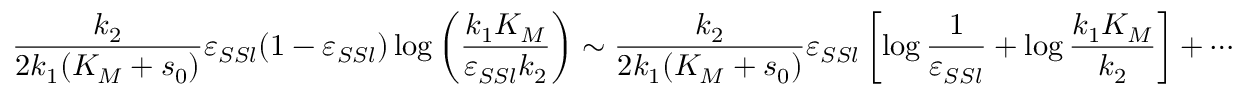
\frac { k _ { 2 } } { 2 k _ { 1 } ( K _ { M } + s _ { 0 } ) } \varepsilon _ { S S l } ( 1 - \varepsilon _ { S S l } ) \log \left( \frac { k _ { 1 } K _ { M } } { \varepsilon _ { S S l } k _ { 2 } } \right) \sim \frac { k _ { 2 } } { 2 k _ { 1 } ( K _ { M } + s _ { 0 } ) } \varepsilon _ { S S l } \left[ \log \frac { 1 } { \varepsilon _ { S S l } } + \log \frac { k _ { 1 } K _ { M } } { k _ { 2 } } \right] + \cdots